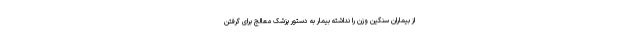
از بیماران سنگین وزن را نداشته بیمار به دستور پزشک معالج برای گرفتن